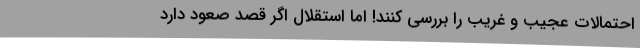
احتمالات عجیب و غریب را بررسی کنند! اما استقلال اگر قصد صعود دارد